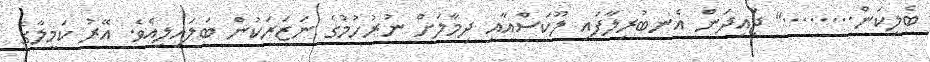
ބެލިކަން........" ޖައިދަން އެނބުރިލާފައި ލޫކަސްއާއި ދިމާލަށް ނުރުހުމުގެ ނަޒަރަކުން ބަލައިލިއެވެ. އޭރު ކަމީލާގެ